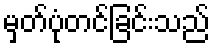
မှတ်ပုံတင်ခြင်းသည်